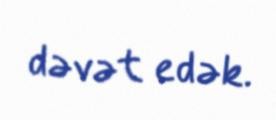
dəvət edək.